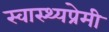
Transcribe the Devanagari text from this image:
स्वास्थ्यप्रेमी